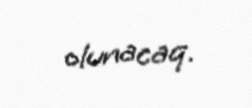
olunacaq.